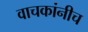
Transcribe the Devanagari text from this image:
वाचकांनीच